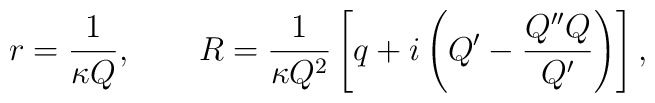
r = \frac{1}{\kappa Q}, \qquad R = \frac{1}{\kappa Q^2} \left[q + i\left(Q' - \frac{Q''Q}{Q'}\right)\right],